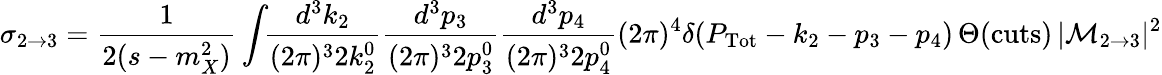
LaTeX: \sigma_{2\rightarrow 3}=\frac{1}{2(s-m_{X}^{2})}\int\! \! \frac{d^{3}k_{2}}{(2\pi)^{3}2k_{2}^{0}}\frac{d^{3}p_{3}}{(2\pi)^{3}2p_{3}^{0}}\frac{d^{3}p_{4}}{(2\pi)^{3}2p_{4}^{0}}(2\pi)^{4}\delta(P_{\mathrm{Tot}}-k_{2}-p_{3}-p_{4})\, \Theta(\mathrm{cuts})\, |{\cal M}_{2\rightarrow 3}|^{2}